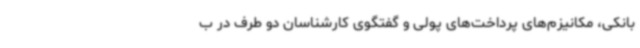
بانکی، مکانیزم‌های پرداخت‌های پولی و گفتگوی کارشناسان دو طرف در ب